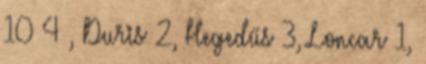
10 4 , Duris 2, Hegedűs 3, Loncar 1,